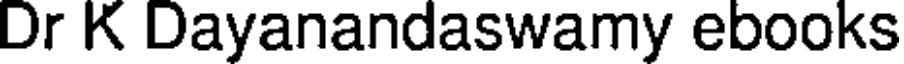
Dr K Dayanandaswamy ebooks